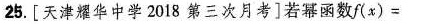
25.[天津耀华中学2018第三次月考]若幂函数$$f ( x ) =